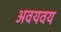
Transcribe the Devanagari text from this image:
अवयवय